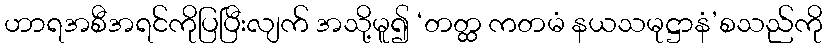
ဟာရအစီအရင်ကိုပြပြီးလျက် အသို့မူ၍ ‘တတ္ထ ကတမံ နယသမုဋ္ဌာနံ’စသည်ကို